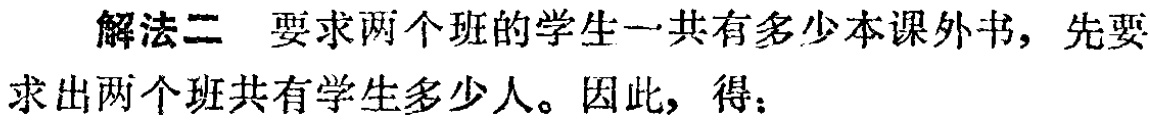
解法二 要求两个班的学生一共有多少本课外书，先要求出两个班共有学生多少人。因此，得：